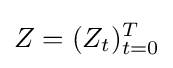
Z=(Z_{t})_{t=0}^{T}